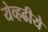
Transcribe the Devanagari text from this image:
येव्हढीये